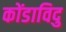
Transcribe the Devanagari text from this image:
कोंडाविदु